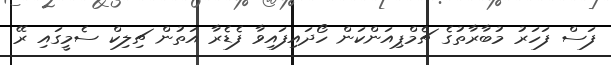
ފަސް ފަހަރު މުބާރާތުގެ ޗެމްޕިއަންކަން ހޯދައިފައިވާ ފެޑެރާ އަތުން ޗިލިކް ސެމީގައި ރޭ